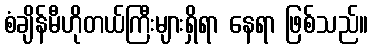
စံချိန်မီဟိုတယ်ကြီးများရှိရာ နေရာ ဖြစ်သည်။